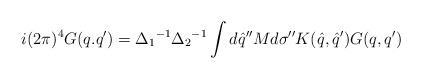
\begin{align*}i(2\pi)^4 G(q.q') = {\Delta_1}^{-1} {\Delta_2}^{-1} \int d{\hat q}'' Md{\sigma}'' K({\hat q},{\hat q'}) G(q,q')\end{align*}